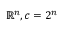
\mathbb { R } ^ { n } , c = 2 ^ { n }